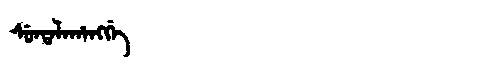
Manchu: ᠰᡠᠨᡨᠠᠯᠠᡥᠠᠩᡤᡝ
Romanization: SUNTALAHANGGE